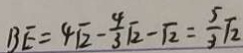
B E = 4 \sqrt { 2 } - \frac { 4 } { 3 } \sqrt { 2 } - \sqrt { 2 } = \frac { 5 } { 3 } \sqrt { 2 }